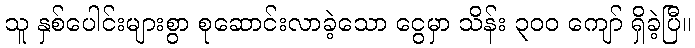
သူ နှစ်ပေါင်းများစွာ စုဆောင်းလာခဲ့သော ငွေမှာ သိန်း ၃၀၀ ကျော် ရှိခဲ့ပြီ။